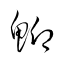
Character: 鯽